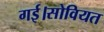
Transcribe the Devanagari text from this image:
गई।सोवियत